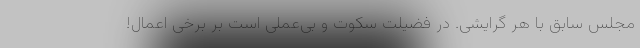
مجلس سابق با هر گرایشی. در فضیلت سکوت و بی‌عملی است بر برخی اعمال!